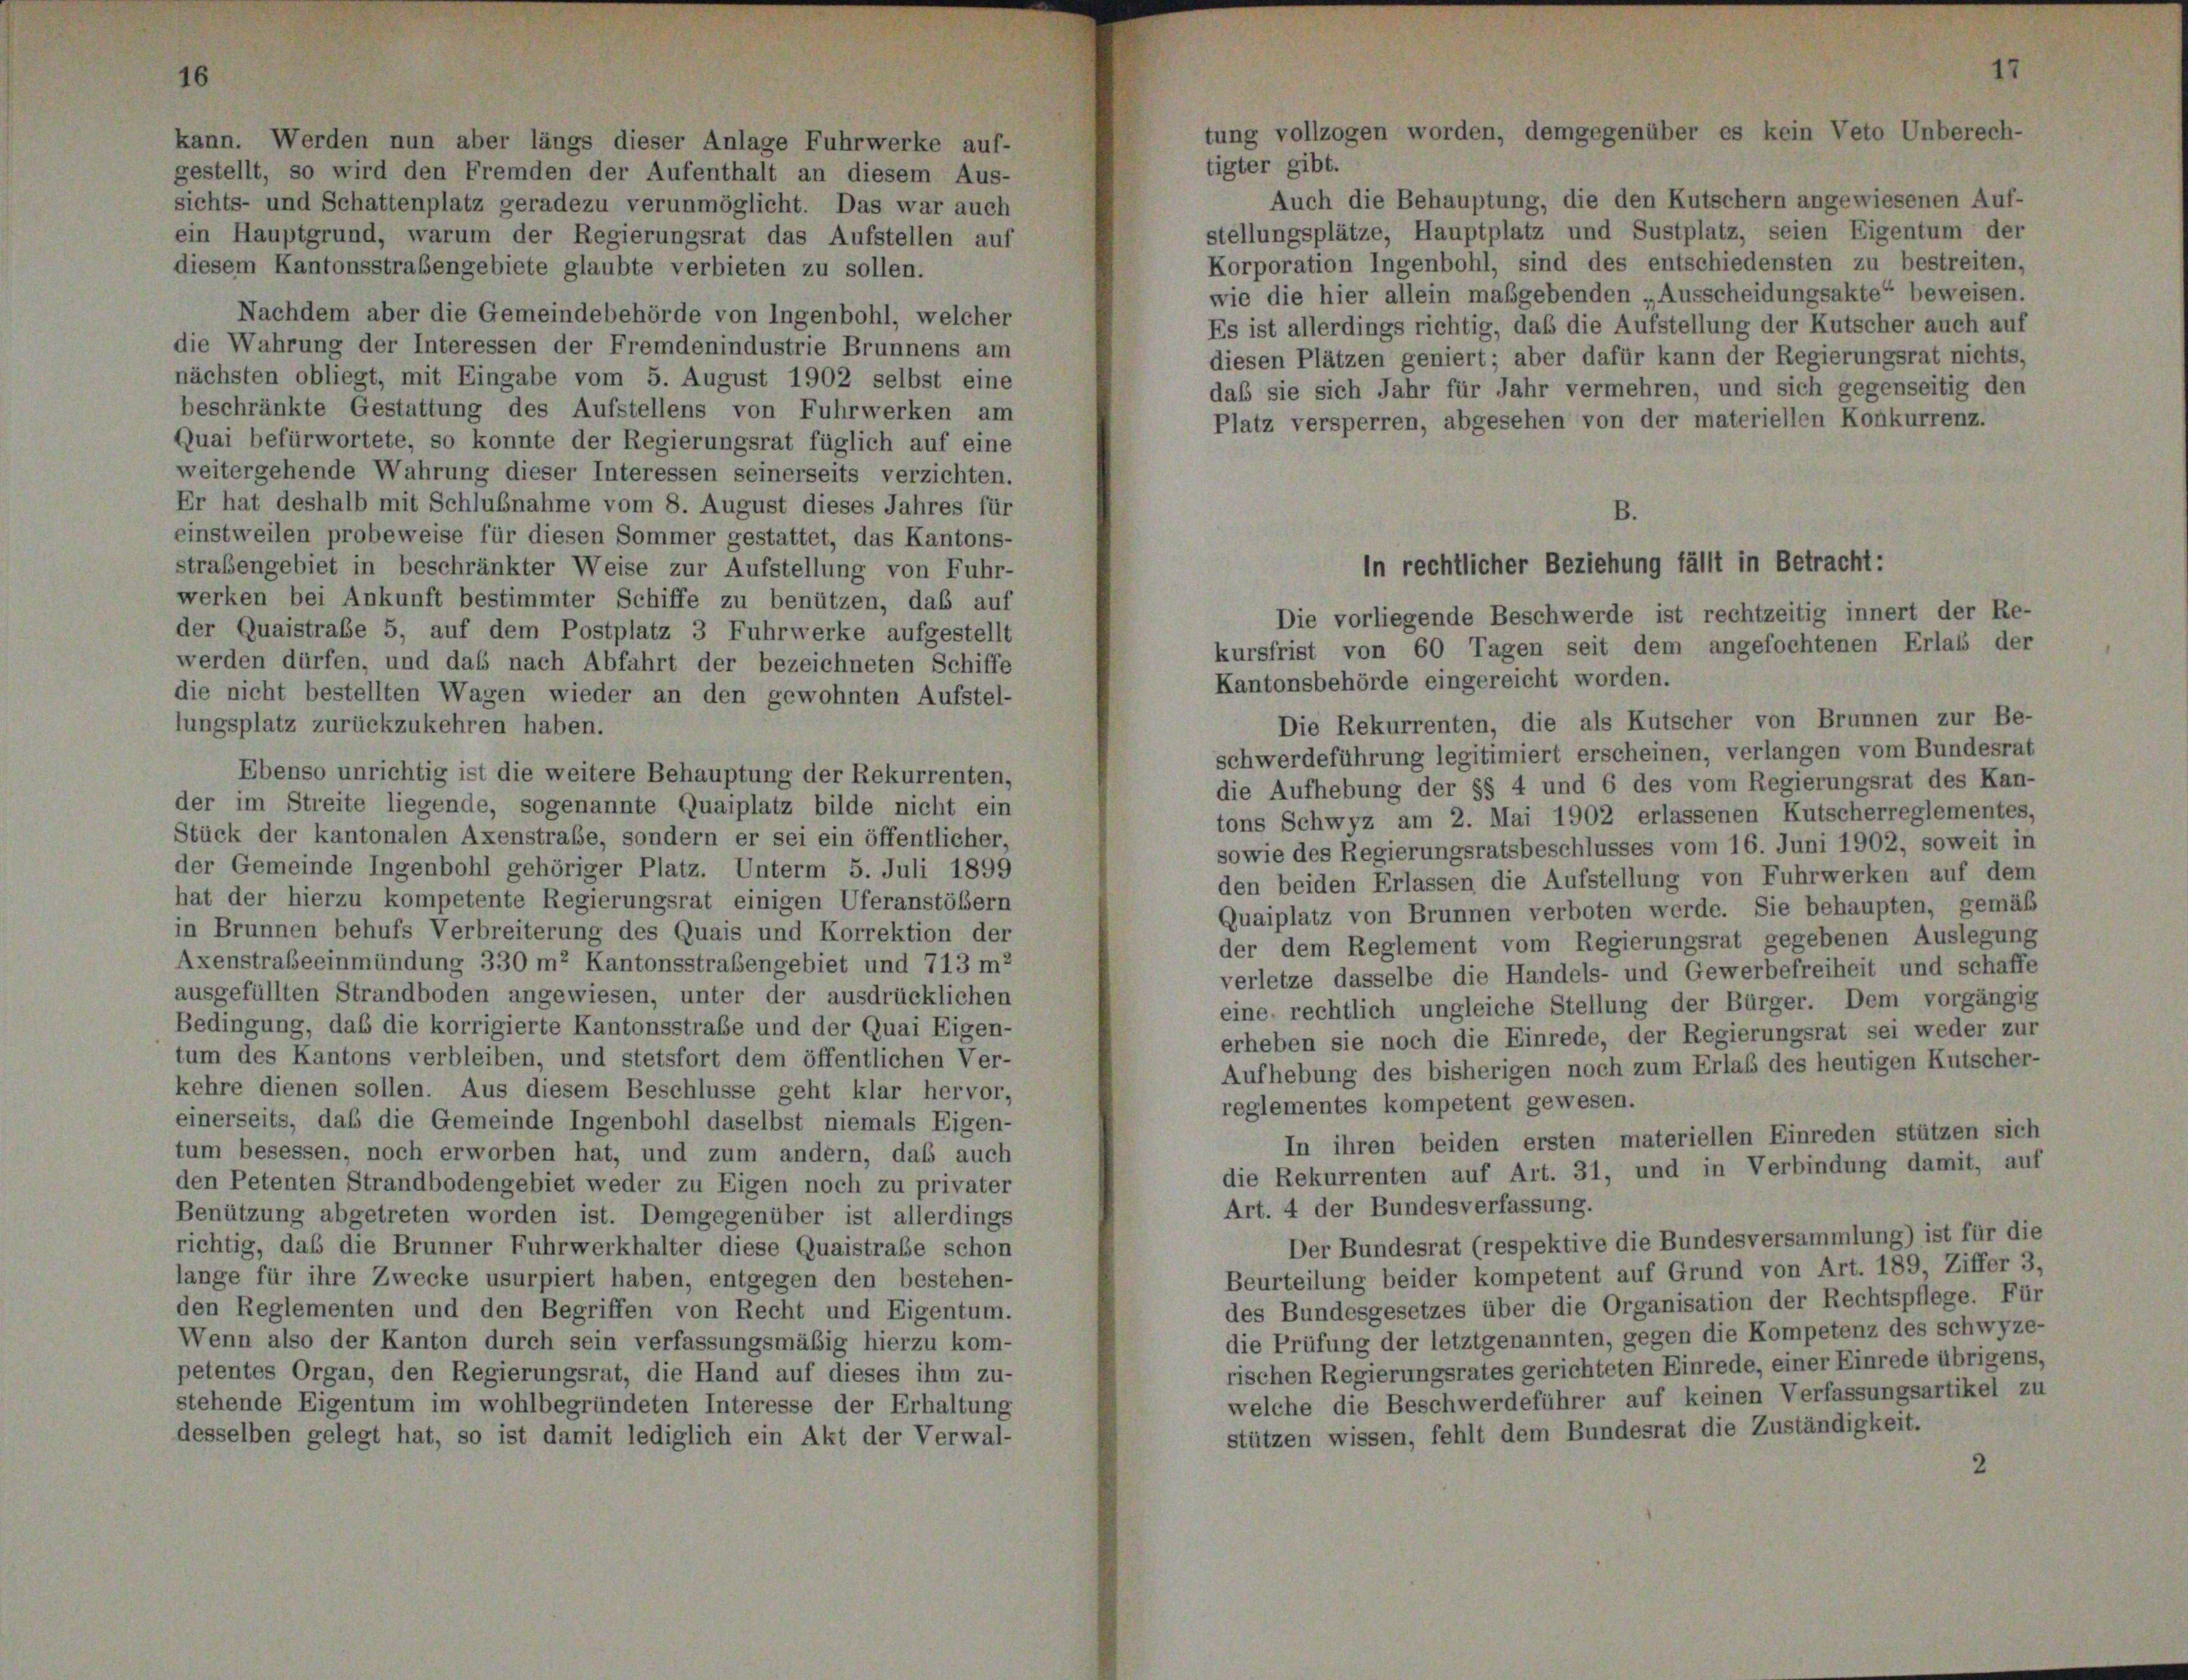
kann. Werden nun aber längs dieser Anlage Fuhrwerke auf-
gestellt, so wird den Fremden der Aufenthalt an diesem Aus-
sichts- und Schattenplatz geradezu verunmöglicht. Das war auch
ein Hauptgrund, warum der Regierungsrat das Aufstellen auf
diesem Kantonsstraßengebiete glaubte verbieten zu sollen.
Nachdem aber die Gemeindebehörde von Ingenbohl, welcher
die Wahrung der Interessen der Fremdenindustrie Brunnens am
nächsten obliegt, mit Eingabe vom 5. August 1902 selbst eine
beschränkte Gestattung des Aufstellens von Fuhrwerken am
Quai befürwortete, so konnte der Regierungsrat füglich auf eine
weitergehende Wahrung dieser Interessen seinerseits verzichten.
Er hat deshalb mit Schlußnahme vom 8. August dieses Jahres für
einstweilen probeweise für diesen Sommer gestattet, das Kantons-
straßengebiet in beschränkter Weise zur Aufstellung von Fuhr-
werken bei Ankunft bestimmter Schiffe zu benützen, daß auf
Die vorliegende Beschwerde ist rechtzeitig innert der Re-
der Quaistraße 5, auf dem Postplatz 3 Fuhrwerke aufgestellt
kursfrist von 60 Tagen seit dem angefochtenen Erlaß der
werden dürfen, und das nach Abfahrt der bezeichneten Schiffe
Kantonsbehörde eingereicht worden.
lie nicht bestellten Wagen wieder an den gewohnten Aufstel-
Die Rekurrenten, die als Kutscher von Brunnen zur Be-
lungsplatz zurückzukehren haben.
schwerdeführung legitimiert erscheinen, verlangen vom Bundesrat
Ebenso unrichtig ist die weitere Behauptung der Rekurrenten,
die Aufhebung der §§ 4 und 6 des vom Regierungsrat des Kan-
ler im Streite liegende, sogenannte Quaiplatz bilde nicht ein
tons Schwyz am 2. Mai 1902 erlassenen Kutscherreglementes,
Stück der kantonalen Axenstrafe, sondern er sei ein öffentlicher,
sowie des Regierungsratsbeschlusses vom 16. Juni 1902, soweit in
ler Gemeinde Ingenbohl gehöriger Platz. Unterm 5. Juli 1899
den beiden Erlassen die Aufstellung von Fuhrwerken auf dem
hat der hierzu kompetente Regierungsrat einigen Uferanstößern
Quaiplatz von Brunnen verboten werde. Sie behaupten, gemäß
n Brunnen behufs Verbreiterung des Quais und Korrektion der
der dem Reglement vom Regierungsrat gegebenen Auslegung
Axenstrabeeinmündung 330 m2 Kantonsstraßengebiet und 713 m2
verletze dasselbe die Handels- und Gewerbefreiheit und schaffe
ausgefüllten Strandboden angewiesen, unter der ausdrücklichen
eine rechtlich ungleiche Stellung der Bürger. Dem vorgängig
edingung, daß die korrigierte Kantonsstraße und der Quai Eigen-
erheben sie noch die Einrede, der Regierungsrat sei weder zur
um des Kantons verbleiben, und stetsfort dem öffentlichen Ver-
Aufhebung des bisherigen noch zum Erlaß des heutigen Kutscher-
kehre dienen sollen. Aus diesem Beschlüsse geht klar hervor,
reglementes kompetent gewesen.
einerseits, daß die Gemeinde Ingenbohl daselbst niemals Eigen-
In ihren beiden ersten materiellen Einreden stützen sich
tum besessen, noch erworben hat, und zum andern, daß auch
die Rekurrenten auf Art. 31, und in Verbindung damit, auf
en Petenten Strandbodengebiet weder zu Eigen noch zu privater
Art. 4 der Bundesverfassung.
Benützung abgetreten worden ist. Demgegenüber ist allerdings
Der Bundesrat (respektive die Bundesversammlung) ist für die
ichtig, daß die Brunner Fuhrwerkhalter diese Quaistraße schon
Beurteilung beider kompetent auf Grund von Art. 189 Ziffer 3,
lange für ihre Zwecke usurpiert haben, entgegen den bestehen-
des Bundesgesetzes über die Organisation der Rechtspflege. Für
den Reglementen und den Begriffen von Recht und Eigentum.
die Prüfung der letztgenannten, gegen die Kompetenz des Schwyz-
Wenn also der Kanton durch sein verfassungsmäßig hierzu kom-
rischen Regierungsrates gerichteten Einrede, einer Einrede übrigens,
etentes Organ, den Regierungsrat, die Hand auf dieses ihm zu-
welche die Beschwerdeführer auf keinen Verfassungsartikel zu
stehende Eigentum im wohlbegründeten Interesse der Erhaltung
stützen wissen, fehlt dem Bundesrat die Zuständigkeit.
desselben gelegt hat, so ist damit lediglich ein Akt der Verwal-
2

tigter gibt.

Auch die Behauptung, die den Kutschern angewiesenen Auf-
stellungsplätze, Hauptplatz und Sustplatz, seien Eigentum der
Korporation Ingenbohl, sind des entschiedensten zu bestreiten,
wie die hier allein maßgebenden „Ausscheidungsakte“ beweisen.
Es ist allerdings richtig, daß die Aufstellung der Kutscher auch auf
diesen Plätzen geniert; aber dafür kann der Regierungsrat nichts,
daß sie sich Jahr für Jahr vermehren, und sich gegenseitig den
Platz versperren, abgesehen von der materiellen Konkurrenz.

in rechtlicher Beziehung fällt in Betracht: